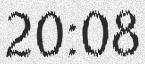
20:08